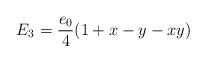
LaTeX: \begin{gather*} E_3=\frac{e_0}{4}(1+x-y-xy)\end{gather*}